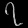
Digit: ၇